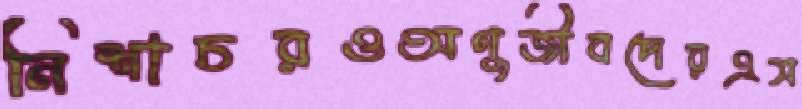
নিশাচরওঅণুজীবদেরএস